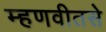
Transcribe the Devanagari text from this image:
म्हणवीतसे